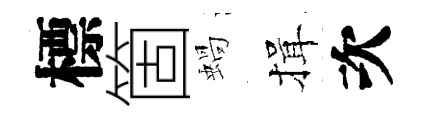
標箇蝸揖次